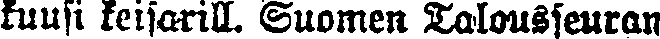
kuusi keisarin. Suomen Talousseuran